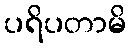
ပရိပတာမိ